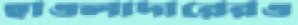
হাওলাদারেরও